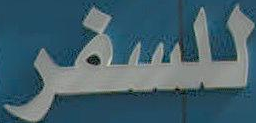
للسفر